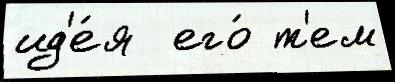
ид'е́я  его́ т'ем